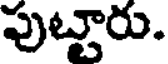
పుట్టారు.